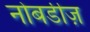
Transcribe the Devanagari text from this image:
नोबडीज़